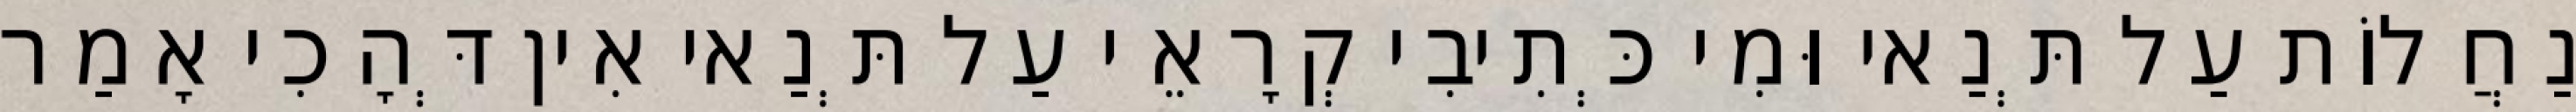
נַחֲלוֹת עַל תְּנַאי וּמִי כְּתִיבִי קְרָאֵי עַל תְּנַאי אִין דְּהָכִי אָמַר